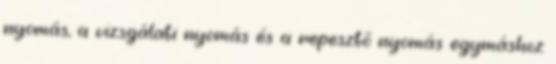
nyomás, a vizsgálati nyomás és a repesztõ nyomás egymáshoz